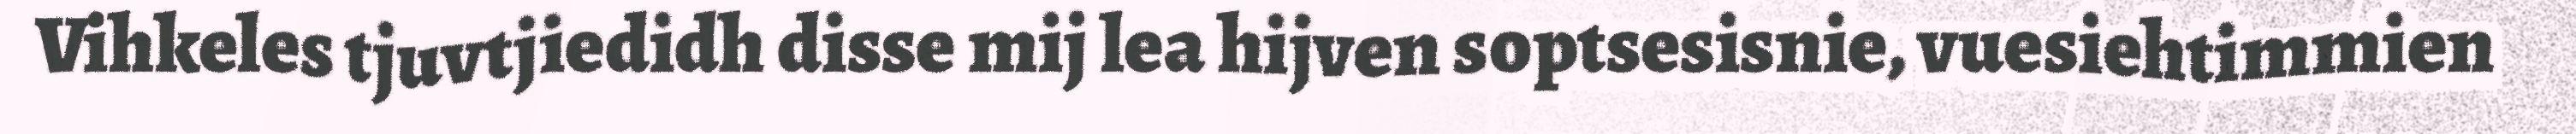
Vihkeles tjuvtjiedidh disse mij lea hijven soptsesisnie, vuesiehtimmien